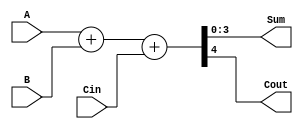
/***************************************************
* Class: EE 271
* Module: add
* Description: adder
****************************************************/

// Dataflow
module add
    #(parameter BW=4)
    (
        // Input Port(s)
        input[BW-1:0] A, B, input Cin,
        // Output Port(s)
        output[BW-1:0] Sum, output Cout
    );
    assign {Cout, Sum} = A+B+Cin;
endmodule // add